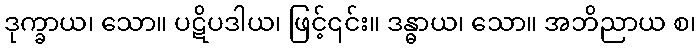
ဒုက္ခာယ၊ သော။ ပဋိပဒါယ၊ ဖြင့်၎င်း။ ဒန္ဓာယ၊ သော။ အဘိညာယ စ၊